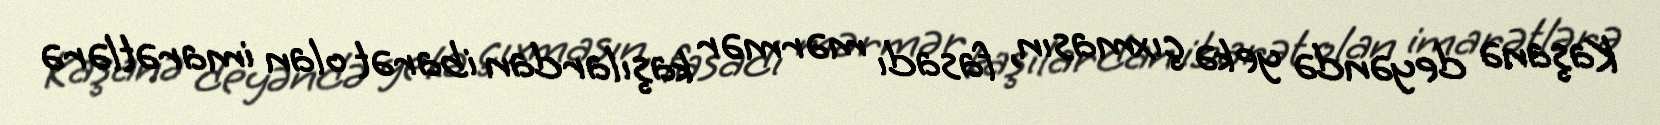
Kaşanə deyəndə yekə çıxmasın, fasadı mərmər kaşılardan ibarət olan imarətlərə